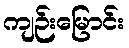
ကျဉ်းမြောင်း